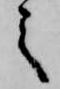
之